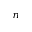
n